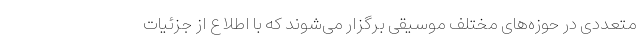
متعددی در حوزه‌های مختلف موسیقی برگزار می‌شوند که با اطلاع از جزئیات